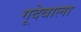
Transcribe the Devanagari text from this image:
गूदेवाला